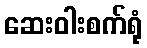
ဆေးဝါးစက်ရုံ